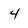
Character: 4